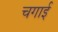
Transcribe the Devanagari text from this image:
चगाई